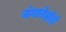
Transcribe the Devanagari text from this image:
नंगारेहोई